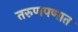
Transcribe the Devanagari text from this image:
तरुणपणात